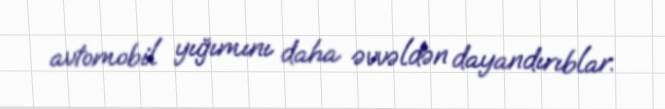
avtomobil yığımını daha əvvəldən dayandırıblar.